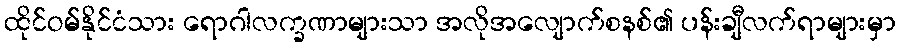
ထိုင်ဝမ်နိုင်ငံသား ရောဂါလက္ခဏာများသာ အလိုအလျောက်စနစ်၏ ပန်းချီလက်ရာများမှာ